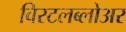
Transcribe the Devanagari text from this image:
विस्टलब्लोअर